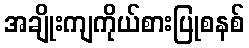
အချိုးကျကိုယ်စားပြုစနစ်